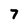
Character: 7